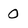
Character: 0